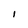
Character: l